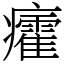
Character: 癨